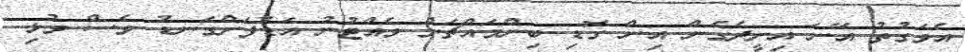
އެވަގުތު އޭނަ އިށީދެގެން އިން ގޮޑި ބިންމައްޗަށް ވެއްޓުނު އަޑުފަށްގަނޑު ވެސް މުޅި